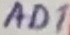
Text: AD1